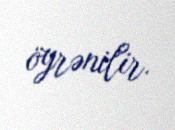
öyrənilir.